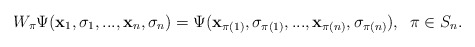
\begin{align*}W_\pi\Psi({\bf x}_1,\sigma_1,...,{\bf x}_n,\sigma_n)=\Psi({\bf x}_{\pi (1)},\sigma_{\pi (1)},...,{\bf x}_{\pi (n)},\sigma_{\pi (n)}), \;\;\pi\in S_n.\end{align*}